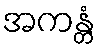
အကန္တံ